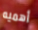
أهميه